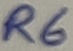
Text: R6